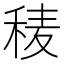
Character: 𥟀